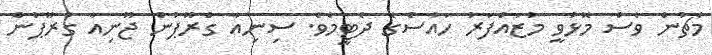
މެޗުން ވެސް މޮޅުވީ މުޒައްފަރު ހައުސްގެ ދެޓީމެވެ. ސިނިއާ ގްރޫޕުން ޖޫނިއާ ގުރޫޕުން